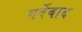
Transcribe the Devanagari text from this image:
गर्वेवाद